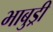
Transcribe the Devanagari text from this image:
भाबुड्री